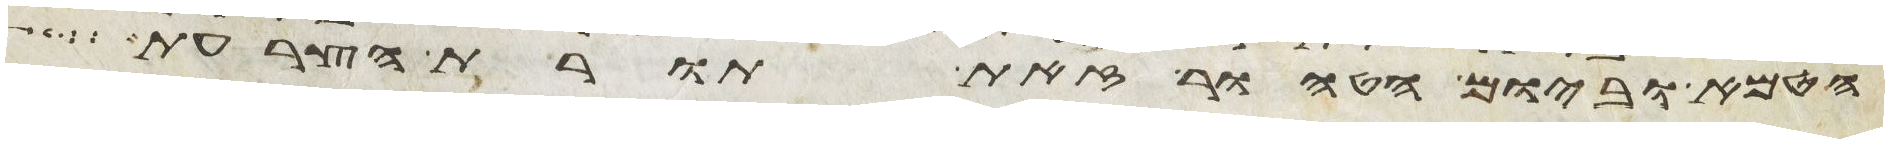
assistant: הטמא וביום הטהור זאת תורת הצרעת